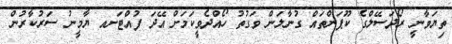
ތިޔަވާނީ ރޯދަސޭލްގެ ކޫޕަންތައް ގުނާލަން ވަގުތު ހޯއްދެވީކަމަށް އޭދަ ފުއްޓަށއ ޔާމީނު ސަރުކާރުން